Cholera in southern India
Disease focus: Cholera
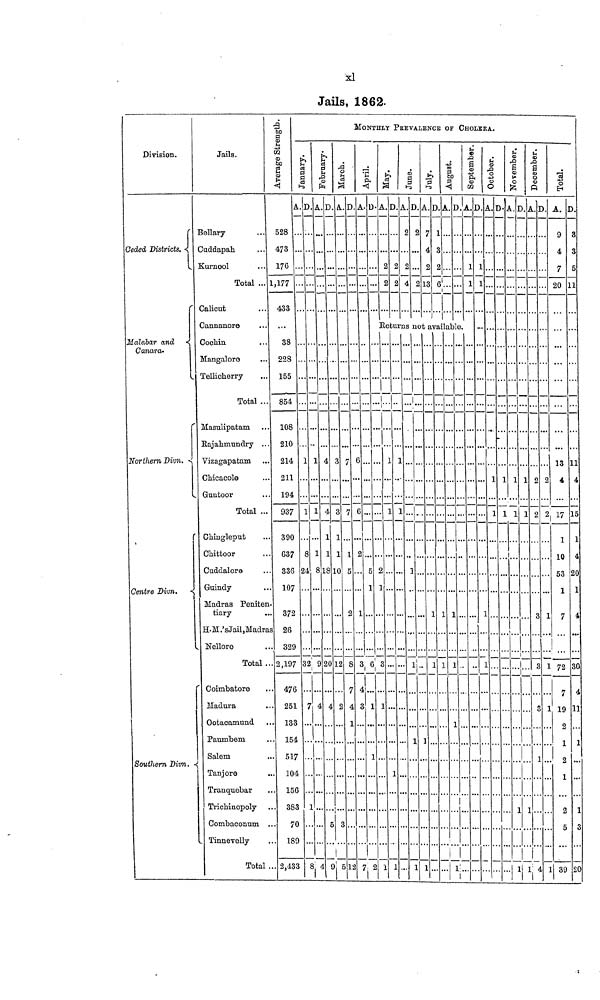
xl
Jails, 1862.
Division.
Ceded Districts.
Malabar and
Canara
Northern Divn.
Southern Divn.
Jails.
Bellary
Cuddapah.
Kurnool
Total ...
Calicut
Cannanore
Cochin
..
Mangalore
Tellicherry
Total .
Masulipatam
Rajahmundry ..
Vizagapatam
Chicacole
Guntoor
Total ...
Chingleput
Chittoor
Cuddalore
Guindy
Madras Peniter
tiary
H.M.'sJail,Madras
.. Nellore
Total .
Coimbatore
Madura
Ootacamund
Paumbem
Salem
Tanjore
Tranquebar
Trichinopoly
Combaconum
Tinnevelly
Total
Average Strength.
528
473
176
1,177
433
38
228
155
854
108
. 210
. 214
. 211
. 194
937
390
. 637
. 336
. 107
L-
.. 372
26
.. 329
2,197
.. 476
.. 251
.. 13
.. 154
... 517
... 104
... 156
... 383
...
7
... 189
... 2.433
January.
.
2
.
0
9
i3
1
8
4
•
32
7
1
8
February.
1
9
4
4
...
1
1
8
20
4
5
9
MONTHLY PREVALENCE OP CHOLERA.
March.
3
3
1
,
0
L2
D.
7
1
5.
2
8
7
4
1
12
April.
.
• •
••
2,
1
3
4 .
3
D.
1
6
1
1
2
May.
A.
2
2
D.
2
2
June.
A.
2
4
D.
?,
...
2
July.
A.
7
4
2
13
D.
1
2
6
August.
A. D.
Returns not available.
?,
1
3
1
1 ]
1
1
.. . ••
1
1
1
1
1 1
1
V
1
1
1
1
September.
A.
1
1
D.
1
1
October.
A.
1
1
•
1
1
November.
A.
]
1
D.
]
1
T
1
1
December.
A.
2
2
1
c
2
4
Total.
A.
9
7
20
13
4
17
1
10
7
72
7
19
1
1
39
D.
3
3
5
11
11
4
15
20
30
11
1
n
20